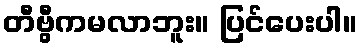
တီဗွီကမလာဘူး။ ပြင်ပေးပါ။